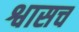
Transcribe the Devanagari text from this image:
श्वासच